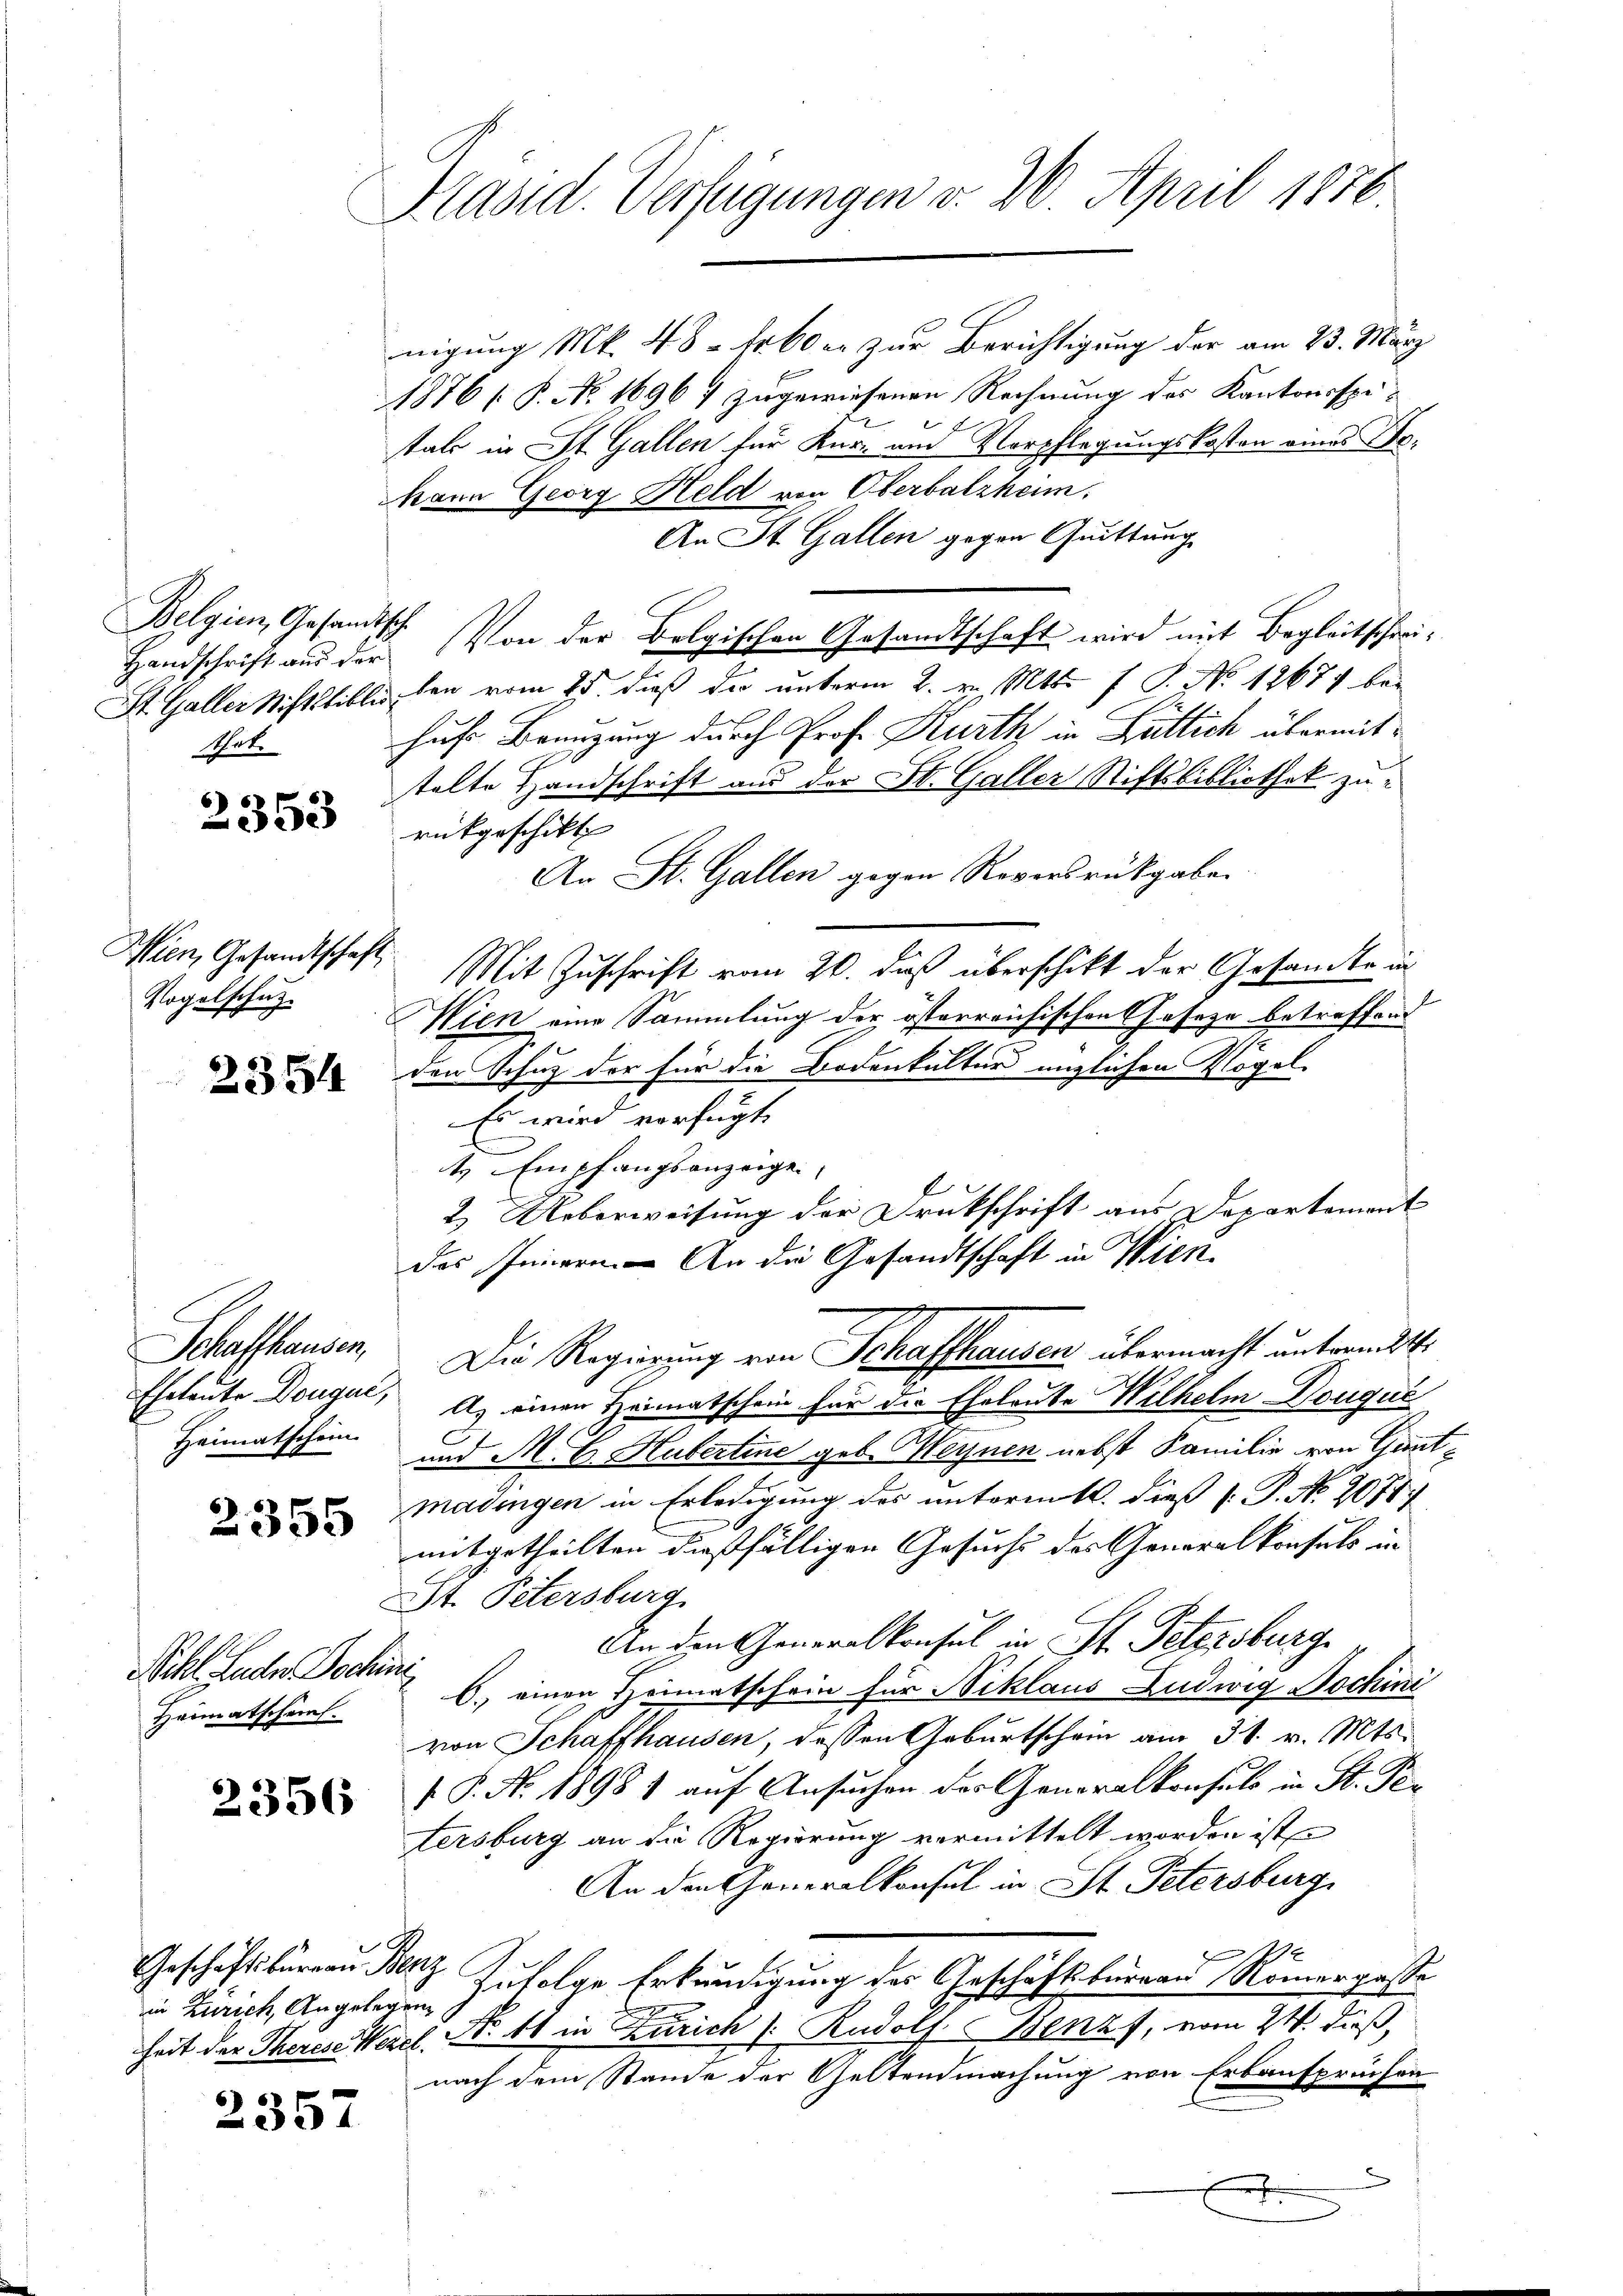
Belgien, Gesandtsch
Mate

2353

Wien, Gesandtschaft
Vogelschut

2354

Heimatschein.

Sihl Luder Dochn
Heimatscheint.

in Zürich, Angelegen

2357

Präsid. Verfügungen v. 20. April 1876.

nigung Mk. 48 - Erb er zur Berichtigung der am 23. März
1876 [P. No. 1696 7 zugewiesenen Rechnung des Kantonsspitals in St. Gallen für Kur- und Vorpflegungskosten eines Be¬
Mann Georg Held von Oberbalzheim.
An St. Gallen gegen Quittung
Handschrift aus der Von der Belgischen Gesandtschaft wird mit Begleitschei¬
St. Galler Missible den vom 25. dieß der unterm 2. v. Mts. f. S. No 12674 behufe Benuzung durch Prof. Kurth in Bütlich übermittalte Handschrift aus der St. Galler Stiftsbibliothek zurükgeschikt |
An St. Gallen gegen Roversrückgaben
Mit Zuschrift vom 20. daß überschikt der Gesandte in
Wien eine Sammlung der österreichischen Gesetze betreffend
den Schuz der für die Bodenkulturs englichen Vögel
Es wird verfügt,
t Empfangsanzeige
2.) Ueberweisung der Drukschrift aus Departement
des. An die Gesandtschaft in Wien
Schaffhauser, Die Regierung von Schaffhausen übermacht untermitt
Eheleute Dougul, A. einen Heimatschein für die Eheleute Wilhelm Nougui
und M. E. Hubertine geb. Meinen nebst Familie von Gante
Madingen in Erledigung des unterm 10. dieß [ P. No. 20787
mitgetheilten dießfälligen Gesuchs des Generalkonsuls an
St. Petersburg
An den Generalkonsul in St. Petersburg,
6.) einen Heimatschein für Niklaus Ludwig Jochini
von Schaffhausen, dessen Geburtschein am 31. v. Mts.
 P. P. Nr. 1898 1 auf Ansuchen der Generalkonsuls in St. Potersburg an die Regierung vermittelt worden ist
An den Generalkonsul in St. Petersburg
G
1
Geschäftsbürgen Mit Zufolge Erkundigung des Geschäftsbureau Romergasse
heit der Therere Werel, No 11 in Zürich /: Rudolf Benzf, vom 24. dieß,
nach dem Stande der Geltendmachung von Erbansprüchen